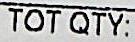
TOT QTY: